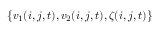
\{ v _ { 1 } ( i , j , t ) , v _ { 2 } ( i , j , t ) , \zeta ( i , j , t ) \}